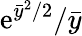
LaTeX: \mathrm{e}^{\bar{y}^{2}/2}/\bar{y}